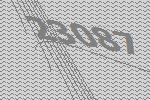
23087